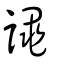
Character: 譝